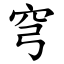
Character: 穹